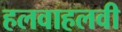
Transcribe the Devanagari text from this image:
हलवाहलवी